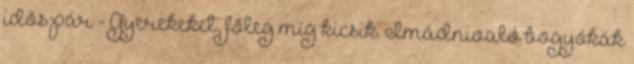
idős pár - Gyerekeket, főleg míg kicsik. Imádnivaló bogyókák